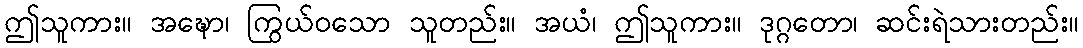
ဤသူကား။ အဍ္ဎော၊ ကြွယ်ဝသော သူတည်း။ အယံ၊ ဤသူကား။ ဒုဂ္ဂတော၊ ဆင်းရဲသားတည်း။